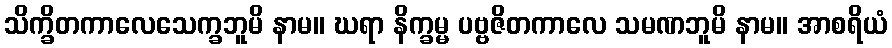
သိက္ခိတကာလေသေက္ခဘူမိ နာမ။ ဃရာ နိက္ခမ္မ ပဗ္ဗဇိတကာလေ သမဏဘူမိ နာမ။ အာစရိယံ